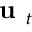
\textbf { u } _ { t }